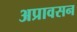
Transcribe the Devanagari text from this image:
अप्रावसन